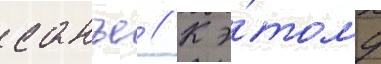
санъе // К э́тому